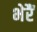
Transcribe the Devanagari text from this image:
भेरैं